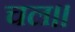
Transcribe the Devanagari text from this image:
चल।।